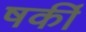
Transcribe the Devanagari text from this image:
षर्की